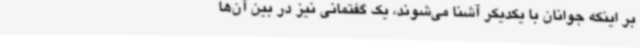
بر اینکه جوانان با یکدیکر آشنا می‌شوند، یک گفتمانی نیز در بین آن‌ها